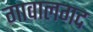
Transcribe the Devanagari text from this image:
गावालगद